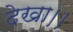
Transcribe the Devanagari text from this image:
देखा।।